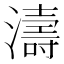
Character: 濤